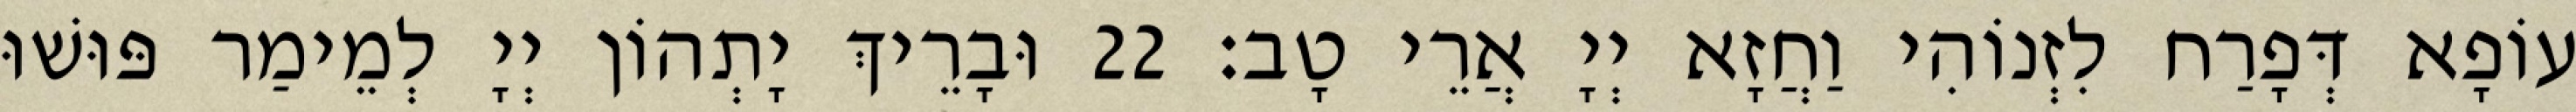
עוֹפָא דְּפָרַח לִזְנוֹהִי וַחֲזָא יְיָ אֲרֵי טָב׃ 22 וּבָרֵיךְ יָתְהוֹן יְיָ לְמֵימַר פּוּשׁוּ